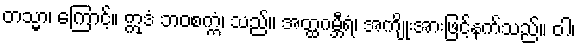
တသ္မာ၊ ကြောင့်။ ဣဒံ ဘဝစက္ကံ၊ သည်။ အတ္ထဂမ္ဘီရံ၊ အကျိုးအားဖြင့်နက်သည်။ ဝါ၊